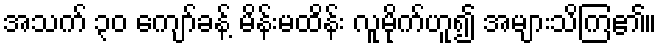
အသက် ၃၀ ကျော်ခန့် မိန်းမထိန်း လူမိုက်ဟူ၍ အများသိကြ၏။